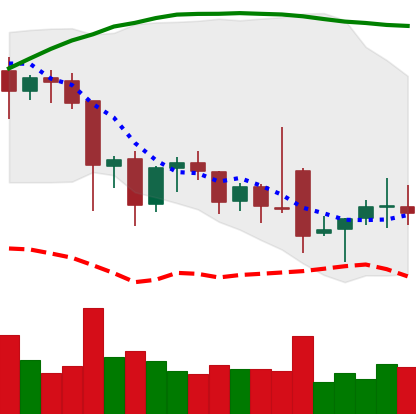
Ticker: ETC-USD
Chart end date: 2021-12-01
Forward return: -17.602%
Label: down_7plus